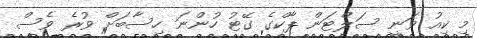
މި ކިއު ވަނީ ސަލްޓަން ޕާކްގެ ގޭޓު ހުންނަ ހިސާބަށް ވުރެ ވެސް